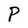
Character: P